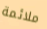
ملائمة